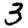
Digit: 3